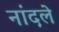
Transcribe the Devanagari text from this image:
नांदले